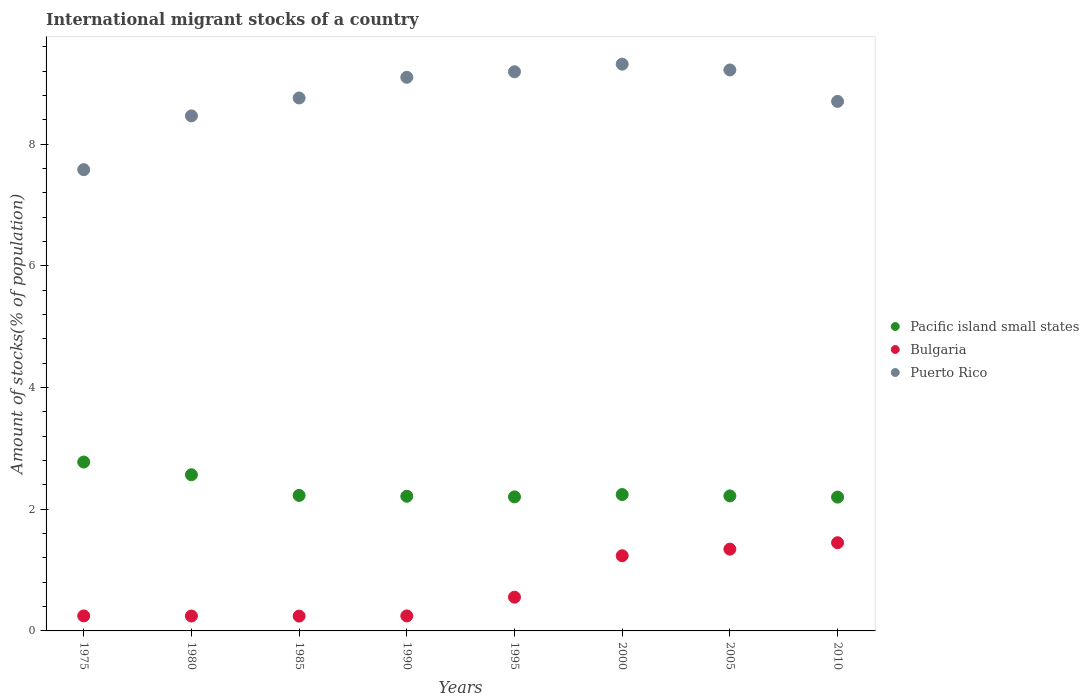
| Years | Pacific island small states | Bulgaria | Puerto Rico |
 | --- | --- | --- | --- |
 | 1975 | 2.78 | 0.247 | 7.58 |
 | 1980 | 2.57 | 0.245 | 8.47 |
 | 1985 | 2.23 | 0.244 | 8.76 |
 | 1990 | 2.21 | 0.247 | 9.1 |
 | 1995 | 2.2 | 0.554 | 9.19 |
 | 2000 | 2.24 | 1.24 | 9.32 |
 | 2005 | 2.22 | 1.34 | 9.22 |
 | 2010 | 2.2 | 1.45 | 8.71 |